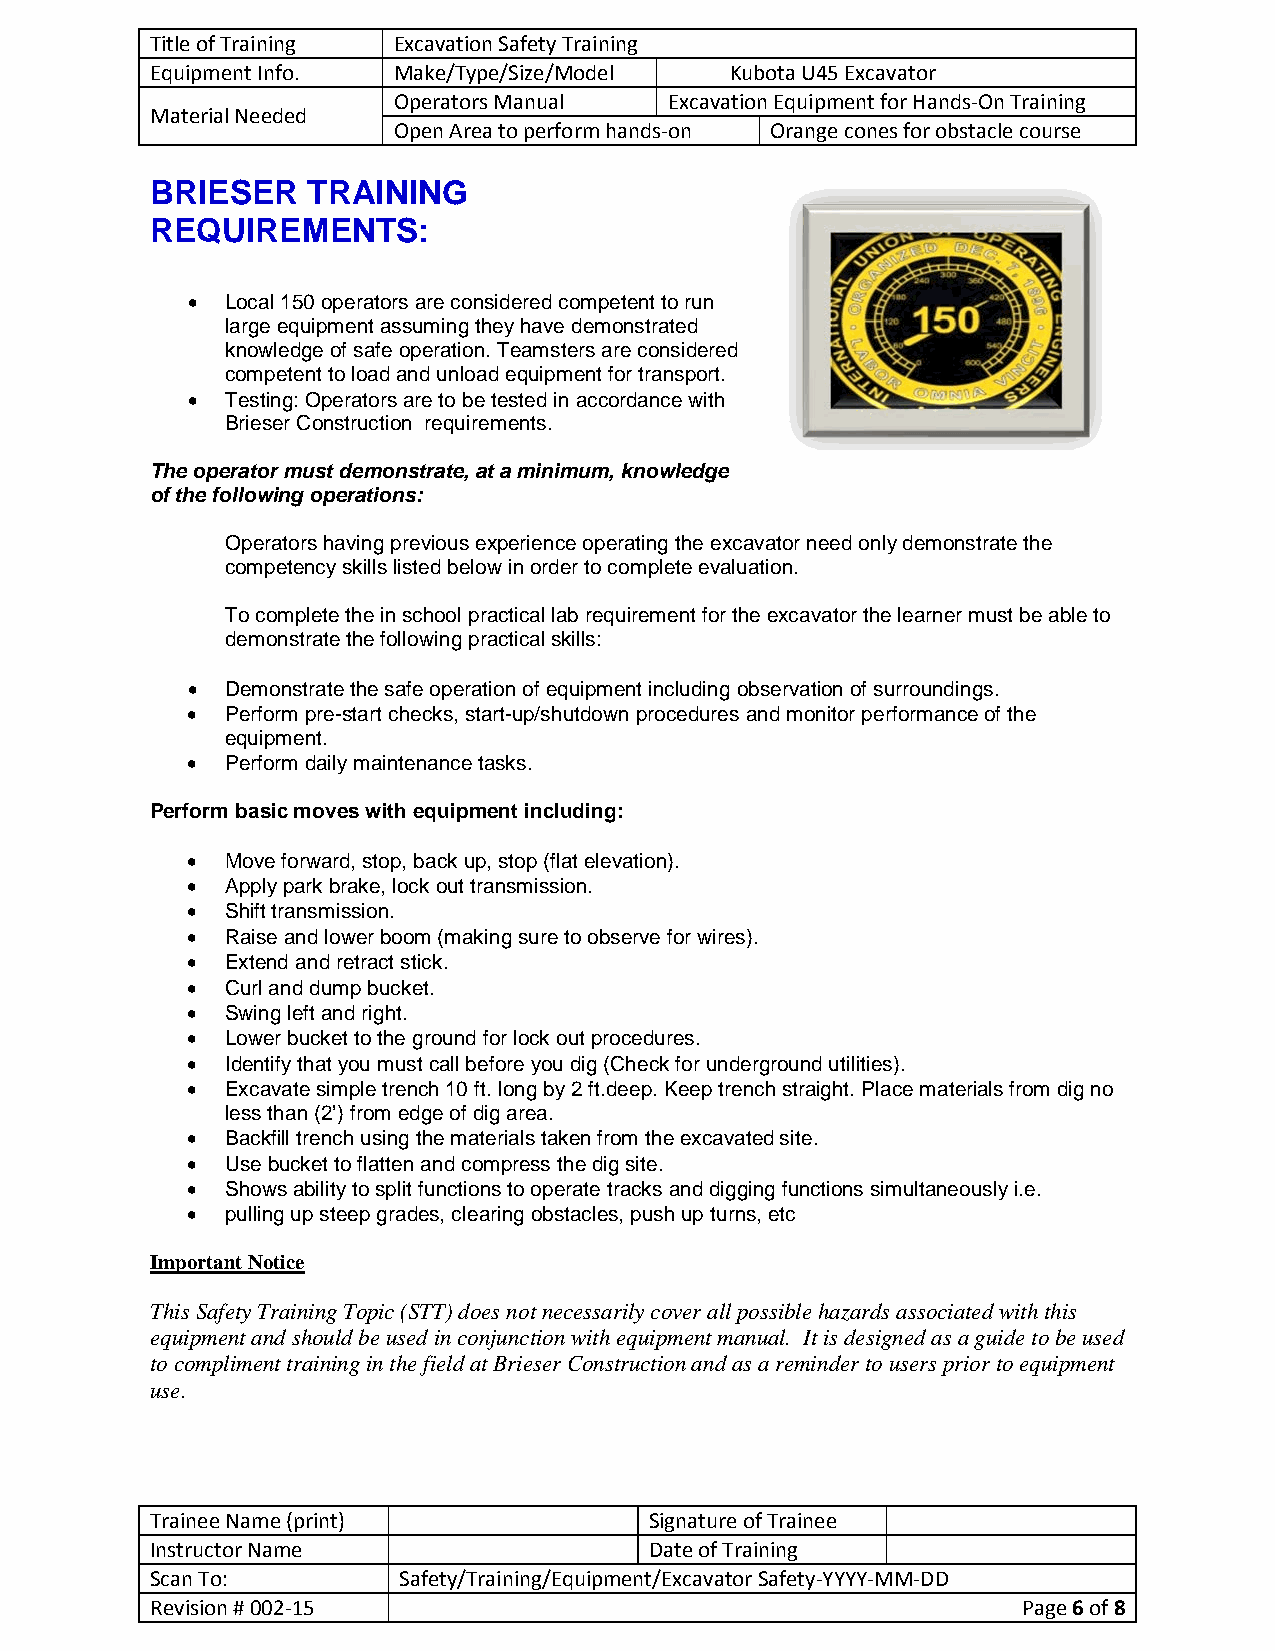
Title of Training Excavation Safety Training
 Equipment Info. Make/Type/Size/Model  Kubota U45 Excavator
 Operators Manual  Excavation Equipment for Hands-On Training
 Material Needed
 Open Area to perform hands-on Orange cones for obstacle course
 BRIESER   TRAINING
 REQUIREMENTS:
 •  Local 150 operators are considered competent to run
 large equipment assuming they have demonstrated
 knowledge of safe operation. Teamsters are considered
 competent to load and unload equipment for transport.
 •  Testing: Operators are to be tested in accordance with
 Brieser Construction requirements.
 The operator must demonstrate, at a minimum, knowledge
 of the following operations:
 Operators having previous experience operating the excavator need only demonstrate the
 competency skills listed below in order to complete evaluation.
 To complete the in school practical lab requirement for the excavator the learner must be able to
 demonstrate the following practical skills:
 •  Demonstrate the safe operation of equipment including observation of surroundings.
 •  Perform pre-start checks, start-up/shutdown procedures and monitor performance of the
 equipment.
 •  Perform daily maintenance tasks.
 Perform basic moves with equipment including:
 •  Move forward, stop, back up, stop (flat elevation).
 •  Apply park brake, lock out transmission.
 •  Shift transmission.
 •  Raise and lower boom (making sure to observe for wires).
 •  Extend and retract stick.
 •  Curl and dump bucket.
 •  Swing left and right.
 •  Lower bucket to the ground for lock out procedures.
 •  Identify that you must call before you dig (Check for underground utilities).
 •  Excavate simple trench 10 ft. long by 2 ft.deep. Keep trench straight. Place materials from dig no
 less than (2’) from edge of dig area.
 •  Backfill trench using the materials taken from the excavated site.
 •  Use bucket to flatten and compress the dig site.
 •  Shows ability to split functions to operate tracks and digging functions simultaneously i.e.
 •  pulling up steep grades, clearing obstacles, push up turns, etc
 Important Notice
 This Safety Training Topic (STT) does not necessarily cover all possible hazards associated with this
 equipment and should be used in conjunction with equipment manual. It is designed as a guide to be used
 to compliment training in the field at Brieser Construction and as a reminder to users prior to equipment
 use.
 Trainee Name (print)             Signature of Trainee
 Instructor Name                  Date of Training
 Scan To:        Safety/Training/Equipment/Excavator Safety-YYYY-MM-DD
 Revision # 002-15                                         Page 6 of 8